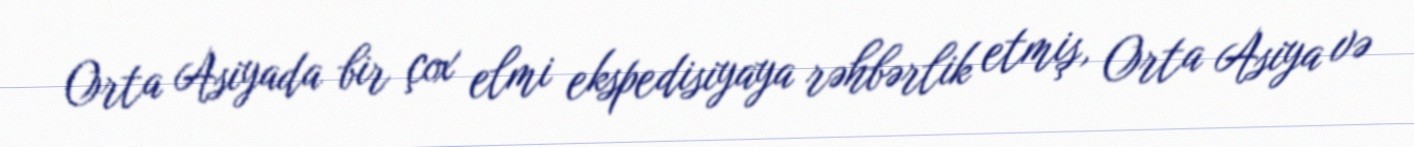
Orta Asiyada bir çox elmi ekspedisiyaya rəhbərlik etmiş, Orta Asiya və